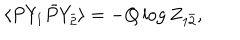
\langle P Y _ { 1 } \bar { P } Y _ { \bar { 2 } } \rangle = - Q \log Z _ { 1 \bar { 2 } } ,